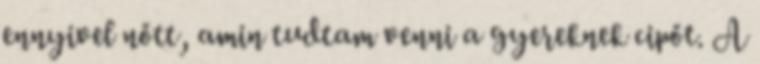
ennyivel nőtt, amin tudtam venni a gyereknek cipőt. A